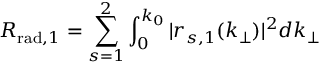
R _ { \mathrm { r a d } , 1 } = \sum _ { s = 1 } ^ { 2 } \int _ { 0 } ^ { k _ { 0 } } | r _ { s , 1 } ( k _ { \perp } ) | ^ { 2 } d k _ { \perp }